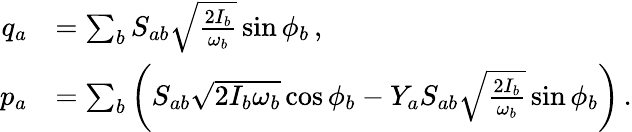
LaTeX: \begin{array}{rl}{q_{a}}&{=\sum_{b}S_{ab}\sqrt{\frac{2I_{b}}{\omega_{b}}}\sin\phi_{b}\, ,}\\ {p_{a}}&{=\sum_{b}\left(S_{ab}\sqrt{2I_{b}\omega_{b}}\cos\phi_{b}-Y_{a}S_{ab}\sqrt{\frac{2I_{b}}{\omega_{b}}}\sin\phi_{b}\right)\, .}\end{array}